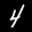
Label: 4